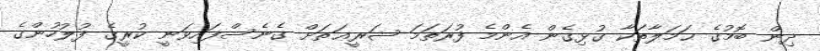
ދިން ބޮމުގެ ޙަމަލާތަކާ ގުޅިގެން އެންމެ ފުރަތަމަ ޝަރީޢަތަށް ގެނެސްފައިވަނީ ކުރީގެ ފުލުހުންގެ